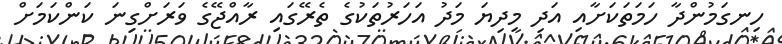
ހިނގަމުންދާ ހަމަތަކަށާއި އަދި މިދިޔަ މަދު އަހަރުތަކުގެ ތެރޭގައި ރާއްޖޭގެ ވަރަށްގިނަ ކަންކަމަށް